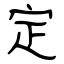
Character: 定